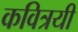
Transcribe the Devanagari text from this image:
कवित्रयी